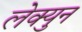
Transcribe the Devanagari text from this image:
लेक्युन